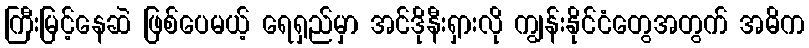
ကြီးမြင့်နေဆဲ ဖြစ်ပေမယ့် ရေရှည်မှာ အင်ဒိုနီးရှားလို ကျွန်းနိုင်ငံတွေအတွက် အဓိက